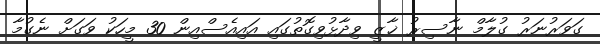
ގަވަރުނަރު ގުލާމް ނާސިރު ޚާޒީ ވިދާޅުވިގޮތުގައި އައިއެސްއިން 30 މީހަކު ވަގަށް ނެގުމާ